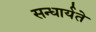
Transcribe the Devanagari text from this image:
सन्धार्यते